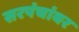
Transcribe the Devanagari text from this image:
सरपंचांवर